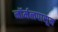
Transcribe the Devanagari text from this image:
नॉर्मलपासून